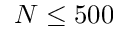
N \leq 5 0 0